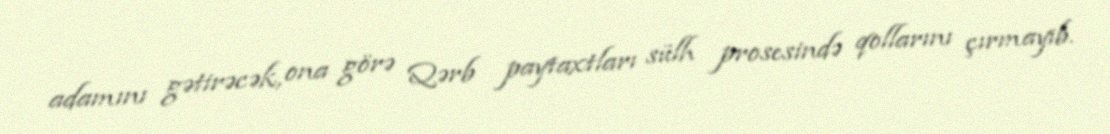
adamını gətirəcək, ona görə Qərb paytaxtları sülh prosesində qollarını çırmayıb.